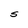
Character: S